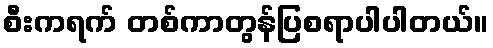
စီးကရက် တစ်ကာတွန်ပြစရာပါပါတယ်။